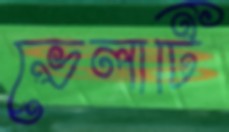
ভেলাটি